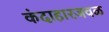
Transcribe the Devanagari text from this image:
कंदाहारजवळ